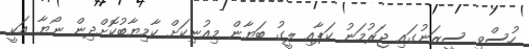
ހުސްވި ސީޒަނުގައި ޖަރުމަނު ކަޕާއި ލީގު ބަޔާން މިއުނިކަށް ކާމިޔާބުކޮށްދިން ނޯޔާ އަކީ